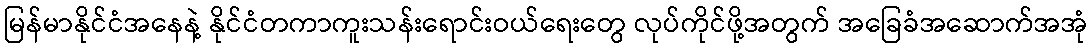
မြန်မာနိုင်ငံအနေနဲ့ နိုင်ငံတကာကူးသန်းရောင်းဝယ်ရေးတွေ လုပ်ကိုင်ဖို့အတွက် အခြေခံအဆောက်အအုံ